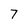
Character: 7